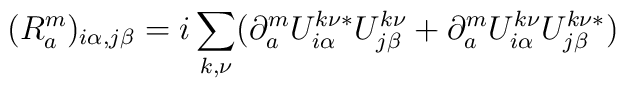
(R^m_a)_{i\alpha,j\beta} = i \sum_{k,\nu} (\partial^m_a U^{k\nu\ast}_{i\alpha} U^{k\nu}_{j\beta} + \partial^m_a U^{k\nu}_{i\alpha} U^{k\nu\ast}_{j\beta})